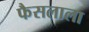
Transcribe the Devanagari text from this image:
फैसलाला